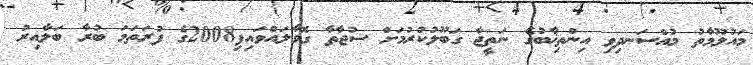
މައުލޫމާތު މުއްސަނދިވި އިންތިޚާބުގެ ނަތީޖާ ގަބޫލުކުރުމަށް ސުޖާތާ ގޮވާލައްވައިފި2008ގެ ފުރަތަމަ ބުރާ ބަލާއިރު